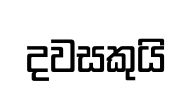
දවසකුයි